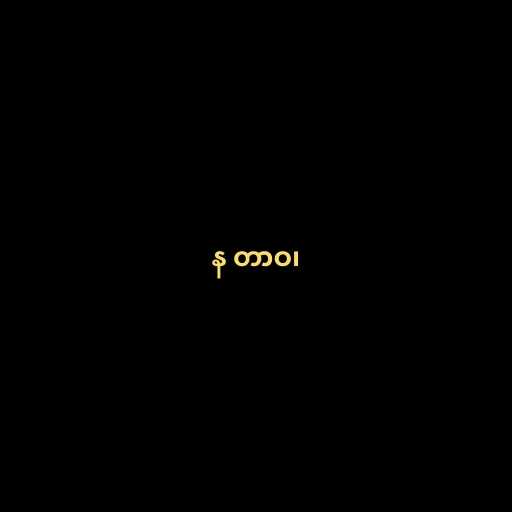
န တာဝ၊